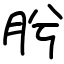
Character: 肹